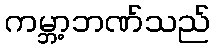
ကမ္ဘာ့ဘဏ်သည်